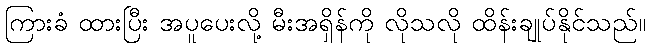
ကြားခံ ထားပြီး အပူပေးလို့ မီးအရှိန်ကို လိုသလို ထိန်းချုပ်နိုင်သည်။